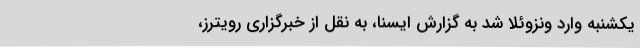
یکشنبه وارد ونزوئلا شد به گزارش ایسنا، به نقل از خبرگزاری رویترز،